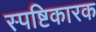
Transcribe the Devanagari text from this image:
स्पष्टिकारक